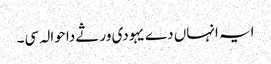
ایہ انہاں دے یہودی ورثے دا حوالہ سی۔